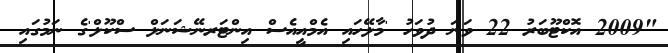
"2009 އޮކްޓޫބަރު 22 ވަނަ ދުވަހު 'މާލޭހައި އެމްއީއެސް އިންޓަރނޭޝަނަލް ސްކޫލް'ގެ ނަމުގައި